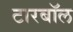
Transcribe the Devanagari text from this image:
टारबॉल